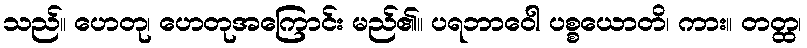
သည်။ ဟေတု၊ ဟေတုအကြောင်း မည်၏။ ပရဘာဝေါ ပစ္စယောတိ၊ ကား။ တတ္ထ၊